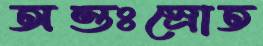
অন্তঃস্রোত